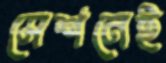
সেশনেই